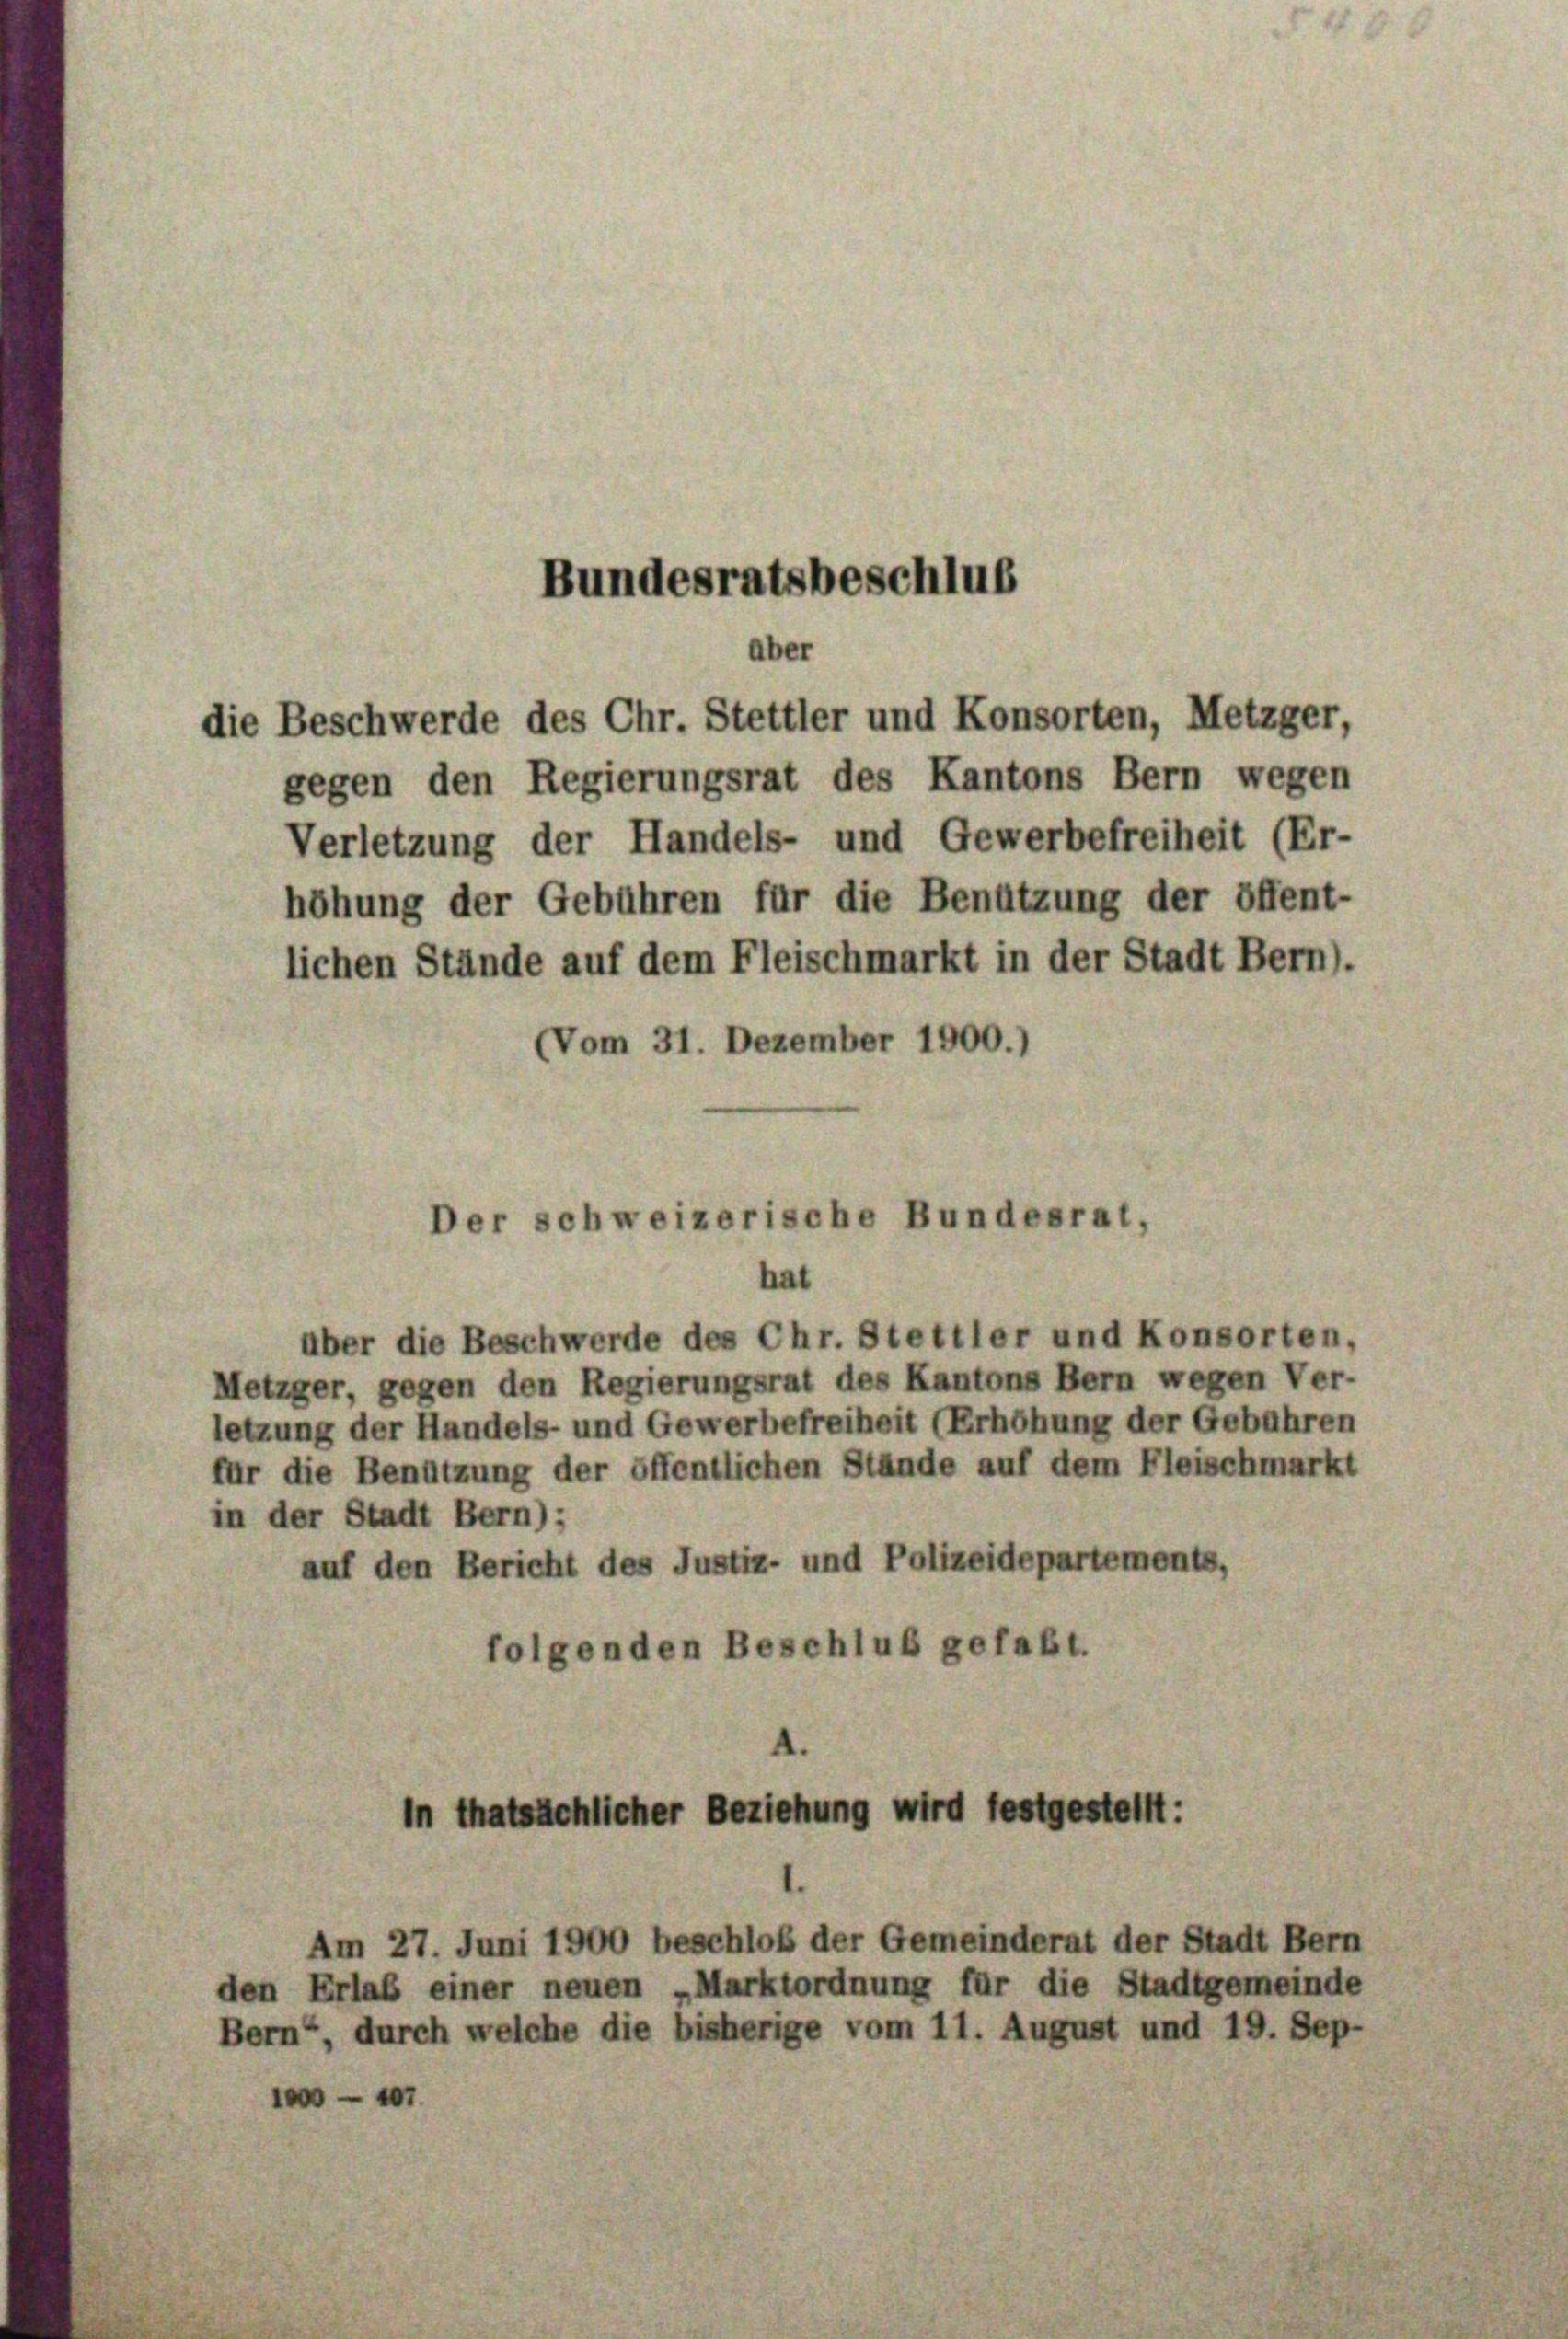
gegen den Regierungsrat des Kantons Bern wegen
Verletzung der Handels- und Gewerbefreiheit (Er-
höhung der Gebühren für die Benützung der öffent-
lichen Stände auf dem Fleischmarkt in der Stadt Bern).
(Vom 31. Dezember 1900.)

Bundesratsbeschluß
aber
die Beschwerde des Chr. Stettler und Konsorten, Metzger,

Der schweizerische Bundesrat,
hat

über die Beschwerde des Chr. Stettler und Konsorten,
Metzger, gegen den Regierungsrat des Kantons Bern wegen Ver-
letzung der Handels- und Gewerbefreiheit (Erhöhung der Gebühren
für die Benützung der öffentlichen Stände auf dem Fleischmarkt
in der Stadt Bern);
auf den Bericht des Justiz- und Polizeidepartements,
folgenden Beschluß gefaßt.

In thatsächlicher Beziehung wird festgestellt:

Am 27. Juni 1900 beschloß der Gemeinderat der Stadt Bern
den Erlaß einer neuen „Marktordnung für die Stadtgemeinde
Bern“, durch welche die bisherige vom 11. August und 19. Sep-
1—107